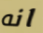
انه